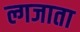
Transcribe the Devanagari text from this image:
ल्गजाता